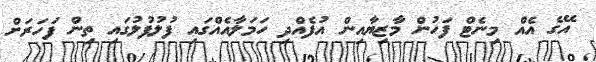
އޭގެ އެއް މިނެޓް ފަހުން މާޒިޔާއިން އުފެއްދި ހަމަލާއެއްގައި ފުލުފުލުގައި ތިން ފަހަރަށް